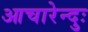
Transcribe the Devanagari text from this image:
आचारेन्दुः